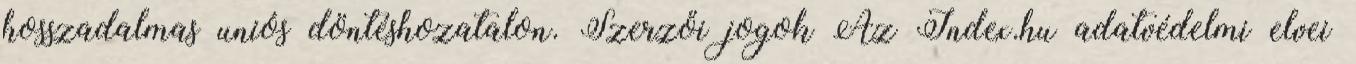
hosszadalmas uniós döntéshozatalon. Szerzői jogok Az Index.hu adatvédelmi elvei